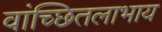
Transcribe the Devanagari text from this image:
वांच्छितलाभाय